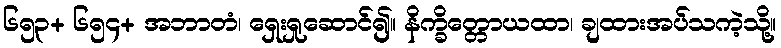
၆၅၃+ ၆၅၄+ အဘာတံ၊ ရှေးရှုဆောင်၍။ နိက္ခိတ္တောယထာ၊ ချထားအပ်သကဲ့သို့။